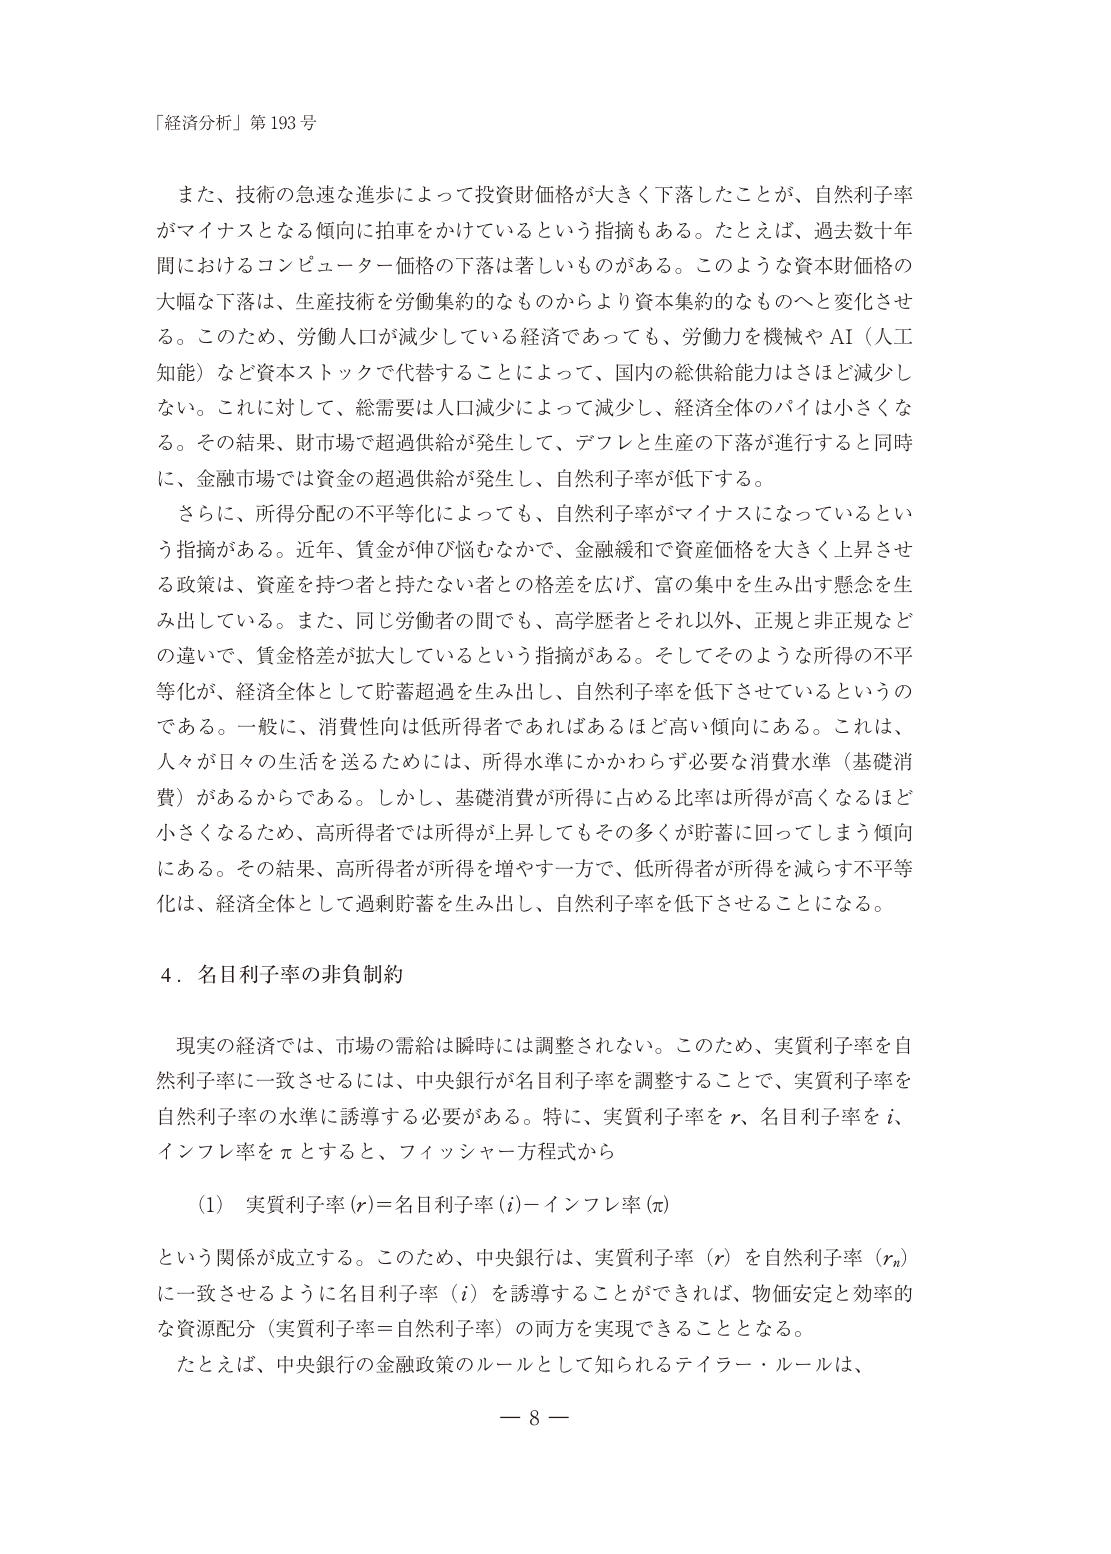
「経済分析」第193号

また、技術の急速な進歩によって投資財価格が大きく下落したことが、自然利子率がマイナスとなる傾向に拍車をかけているという指摘もある。たとえば、過去数十年間におけるコンピューター価格の下落は著しいものがある。このような資本財価格の大幅な下落は、生産技術を労働集約的なものからより資本集約的なものへと変化させる。このため、労働人口が減少している経済であっても、労働力を機械やAI（人工知能）など資本ストックで代替することによって、国内の総供給能力はさほど減少しない。これに対して、総需要は人口減少によって減少し、経済全体のパイは小さくなる。その結果、財市場で超過供給が発生して、デフレと生産の下落が進行すると同時に、金融市場では資金の超過供給が発生し、自然利子率が低下する。

さらに、所得分配の不平等化によっても、自然利子率がマイナスになっているという指摘がある。近年、賃金が伸び悩むなかで、金融緩和で資産価格を大きく上昇させる政策は、資産を持つ者と持たない者との格差を広げ、富の集中を生み出す懸念を生み出している。また、同じ労働者の間でも、高学歴者とそれ以外、正規と非正規などの違いで、賃金格差が拡大しているという指摘がある。そしてそのような所得の不平等化が、経済全体として貯蓄超過を生み出し、自然利子率を低下させているというのである。一般に、消費性向は低所得者であればあるほど高い傾向にある。これは、人々が日々の生活を送るためには、所得水準にかかわらず必要な消費水準（基礎消費）があるからである。しかし、基礎消費が所得に占める比率は所得が高くなるほど小さくなるため、高所得者では所得が上昇してもその多くが貯蓄に回ってしまう傾向にある。その結果、高所得者が所得を増やす一方で、低所得者が所得を減らす不平等化は、経済全体として過剰貯蓄を生み出し、自然利子率を低下させることになる。

4．名目利子率の非負制約

現実の経済では、市場の需給は瞬時には調整されない。このため、実質利子率を自然利子率に一致させるには、中央銀行が名目利子率を調整することで、実質利子率を自然利子率の水準に誘導する必要がある。特に、実質利子率をr、名目利子率をi、インフレ率をπとすると、フィッシャー方程式から

（1）実質利子率（r）＝名目利子率（i）－インフレ率（π）

という関係が成立する。このため、中央銀行は、実質利子率（r）を自然利子率（r_n）に一致させるように名目利子率（i）を誘導することができれば、物価安定と効率的な資源配分（実質利子率＝自然利子率）の両方を実現できることとなる。

たとえば、中央銀行の金融政策のルールとして知られるテイラー・ルールは、

－8－